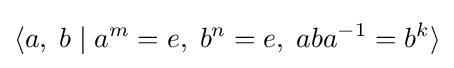
\langle a,\;b\mid a^{m}=e,\;b^{n}=e,\;aba^{-1}=b^{k}\rangle